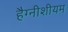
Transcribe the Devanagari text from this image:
हैग्नीशीयम